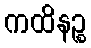
ကထိနဉ္စ